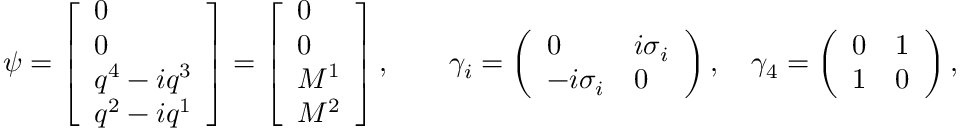
\psi = \left[ \begin{array} { l } { { 0 } } \\ { { 0 } } \\ { { q ^ { 4 } - i q ^ { 3 } } } \\ { { q ^ { 2 } - i q ^ { 1 } } } \end{array} \right] = \left[ \begin{array} { l } { { 0 } } \\ { { 0 } } \\ { { M ^ { 1 } } } \\ { { M ^ { 2 } } } \end{array} \right] , \quad \quad \gamma _ { i } = \left( \begin{array} { l l } { { 0 } } & { { i \sigma _ { i } } } \\ { { - i \sigma _ { i } } } & { { 0 } } \end{array} \right) , \quad \gamma _ { 4 } = \left( \begin{array} { l l } { { 0 } } & { { 1 } } \\ { { 1 } } & { { 0 } } \end{array} \right) ,